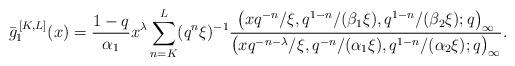
LaTeX: \begin{align*} \bar{g}_1^{\,[K,L]}(x) = \frac{1-q}{\alpha_1} x^{\lambda} \sum_{n=K}^{L} (q^n\xi )^{-1} \frac{\big(x q^{-n} / \xi, q^{1-n} /( \beta_1 \xi ), q^{1-n} /( \beta_2 \xi ) ; q\big)_{\infty}}{\big(x q^{-n-\lambda} / \xi, q^{-n} / (\alpha_1 \xi),q^{1-n} / (\alpha_2 \xi) ; q\big)_{\infty}} .\end{align*}